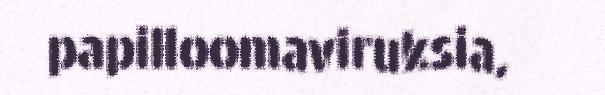
papilloomaviruksia,